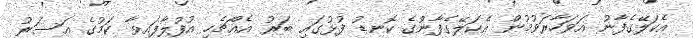
އެކަލޭގެފާނު އަވަހާރަވުމުން އެކަލޭގެފާނުގެ ކޮނޑު ފުޅުގައި ބަރު އެއްޗެހި އުފުލާފައިވާ ކަމުގެ އަސަރު